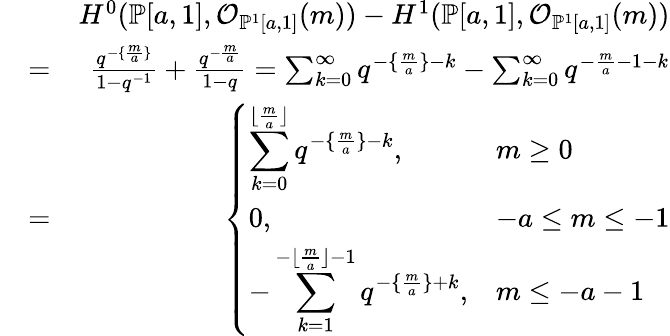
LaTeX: \begin{array}{rlr}&{}&{H^{0}(\mathbb{P}[a,1],\mathcal{O}_{\mathbb{P}^{1}[a,1]}(m))-H^{1}(\mathbb{P}[a,1],\mathcal{O}_{\mathbb{P}^{1}[a,1]}(m))}\\ &{=}&{\frac{q^{-\{ \frac{m}{a}\} }}{1-q^{-1}}+\frac{q^{-\frac{m}{a}}}{1-q}=\sum_{k=0}^{\infty}q^{-\{ \frac{m}{a}\} -k}-\sum_{k=0}^{\infty}q^{-\frac{m}{a}-1-k}}\\ &{=}&{\left\{ \begin{array}{ll}{\displaystyle{\sum_{k=0}^{\lfloor\frac{m}{a}\rfloor}q^{-\{ \frac{m}{a}\} -k}},}&{m\geq 0}\\ {0,}&{-a\leq m\leq-1}\\ {\displaystyle{-\sum_{k=1}^{-\lfloor\frac{m}{a}\rfloor-1}q^{-\{ \frac{m}{a}\} +k}},}&{m\leq-a-1}\end{array}\right.}\end{array}